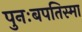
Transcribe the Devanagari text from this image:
पुनःबपतिस्मा